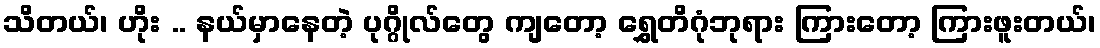
သိတယ်၊ ဟိုး .. နယ်မှာနေတဲ့ ပုဂ္ဂိုလ်တွေ ကျတော့ ရွှေတိဂုံဘုရား ကြားတော့ ကြားဖူးတယ်၊